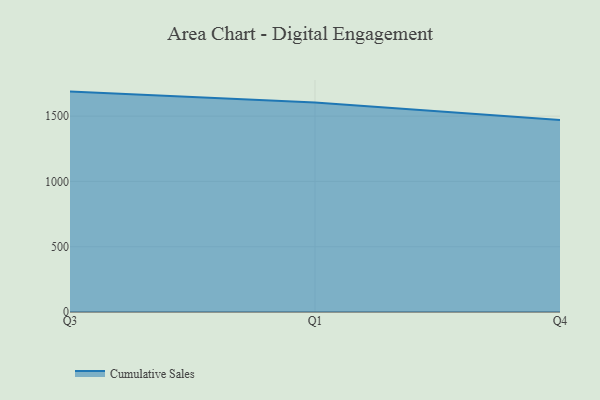
{"axis": {"x": "Quarter", "y": "Operating Costs (USD K)"}, "legend": ["Cumulative Sales"], "data": [{"x": "Q3", "y": 1688.0, "type": "Cumulative Sales"}, {"x": "Q1", "y": 1605.1, "type": "Cumulative Sales"}, {"x": "Q4", "y": 1470.5, "type": "Cumulative Sales"}]}